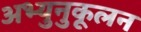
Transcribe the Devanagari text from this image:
अभ्युनुकूलन